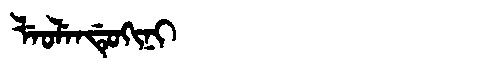
Manchu: ᠯᡝᠣᠯᡝᠨᡩᡠᡴᡳᠨᡳ
Romanization: LEOLENDUKINI